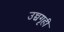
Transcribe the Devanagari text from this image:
उच्चगृही